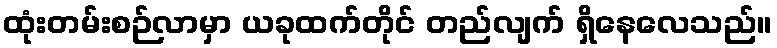
ထုံးတမ်းစဉ်လာမှာ ယခုထက်တိုင် တည်လျက် ရှိနေလေသည်။